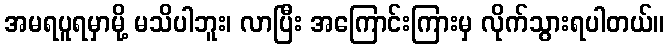
အမရပူရမှာမို့ မသိပါဘူး၊ လာပြီး အကြောင်းကြားမှ လိုက်သွားရပါတယ်။